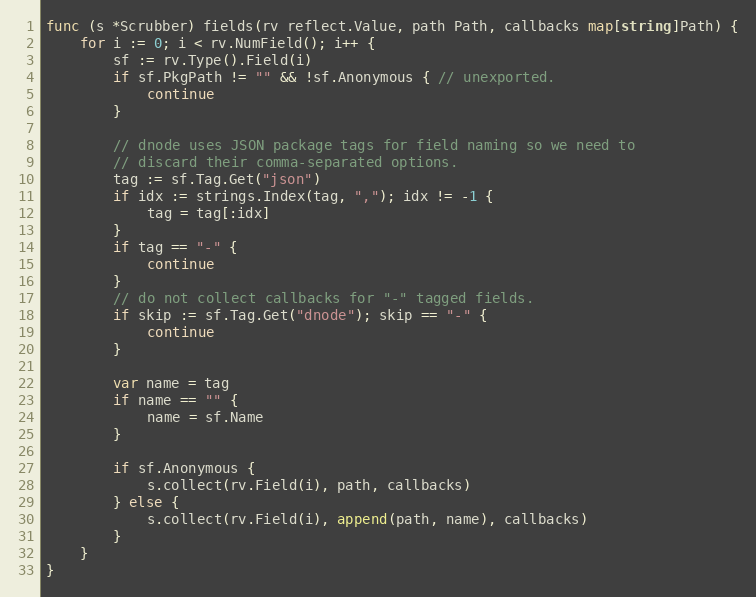
Language: Go
func (s *Scrubber) fields(rv reflect.Value, path Path, callbacks map[string]Path) {
	for i := 0; i < rv.NumField(); i++ {
		sf := rv.Type().Field(i)
		if sf.PkgPath != "" && !sf.Anonymous { // unexported.
			continue
		}

		// dnode uses JSON package tags for field naming so we need to
		// discard their comma-separated options.
		tag := sf.Tag.Get("json")
		if idx := strings.Index(tag, ","); idx != -1 {
			tag = tag[:idx]
		}
		if tag == "-" {
			continue
		}
		// do not collect callbacks for "-" tagged fields.
		if skip := sf.Tag.Get("dnode"); skip == "-" {
			continue
		}

		var name = tag
		if name == "" {
			name = sf.Name
		}

		if sf.Anonymous {
			s.collect(rv.Field(i), path, callbacks)
		} else {
			s.collect(rv.Field(i), append(path, name), callbacks)
		}
	}
}